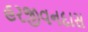
હરજીવનદાસ